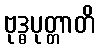
ဗုဒ္ဓပုတ္တာတိ